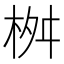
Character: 桝